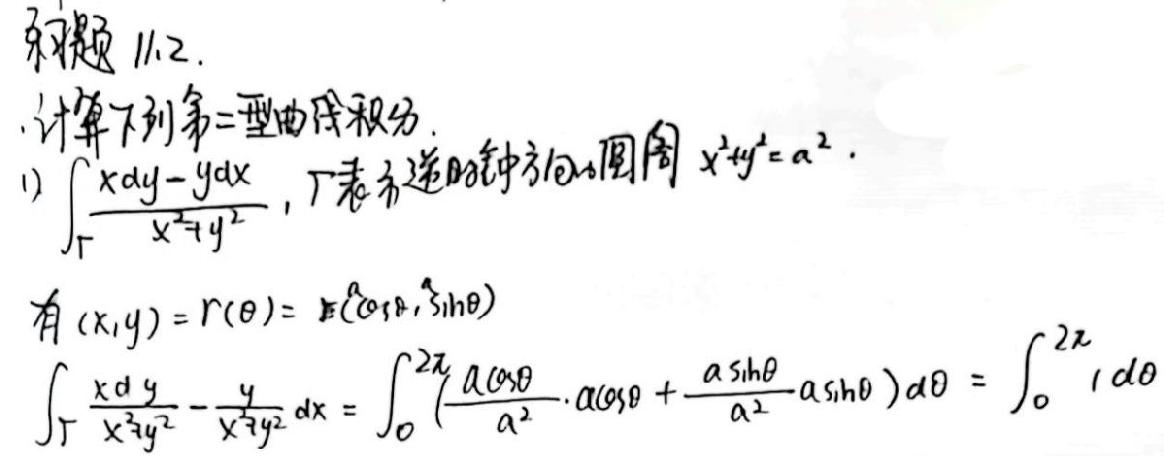
习题 11.2.
计算下列第二型曲线积分.
1) $\int_{\Gamma}\frac{xdy - ydx}{x^{2}+y^{2}}$, $\Gamma$ 表示逆时针方向的圆周 $x^{2}+y^{2}=a^{2}$.
有 $(x,y)=r(\theta)=(a\cos\theta,a\sin\theta)$
$\int_{\Gamma}\frac{xdy}{x^{2}+y^{2}}-\frac{y}{x^{2}+y^{2}}dx=\int_{0}^{2\pi}(\frac{a\cos\theta}{a^{2}}\cdot a\cos\theta+\frac{a\sin\theta}{a^{2}}\cdot a\sin\theta)d\theta=\int_{0}^{2\pi}1d\theta$